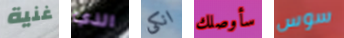
غنية الذي انكى سأوصلك سوس